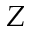
Z